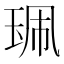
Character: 𰡿